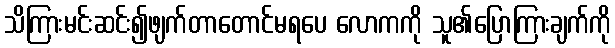
သိကြားမင်းဆင်း၍ဖျက်တာတောင်မရပေ လောကကို သူ၏ပြောကြားချက်ကို